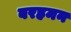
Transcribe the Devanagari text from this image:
बरहमन